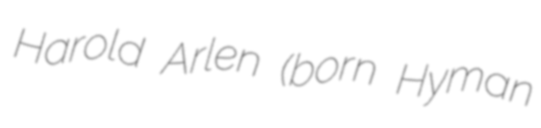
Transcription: Harold Arlen (born Hyman